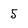
Character: 5